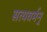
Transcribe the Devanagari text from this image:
सत्यवर्मन्